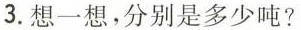
3.想一想，分别是多少吨?